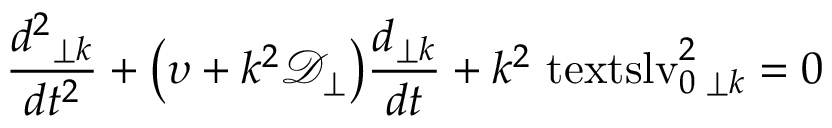
\frac { d ^ { 2 } \v { j } _ { \perp \v { k } } } { d t ^ { 2 } } + \bigl ( \upsilon + k ^ { 2 } \ensuremath { \mathcal { D } _ { \perp } } \bigr ) \frac { d \v { j } _ { \perp \v { k } } } { d t } + k ^ { 2 } \ensuremath { \mathrm { \ t e x t s l { v } } _ { 0 } } ^ { 2 } \, \v { j } _ { \perp \v { k } } = 0